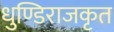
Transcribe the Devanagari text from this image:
धुण्डिराजकृत